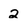
Character: 2